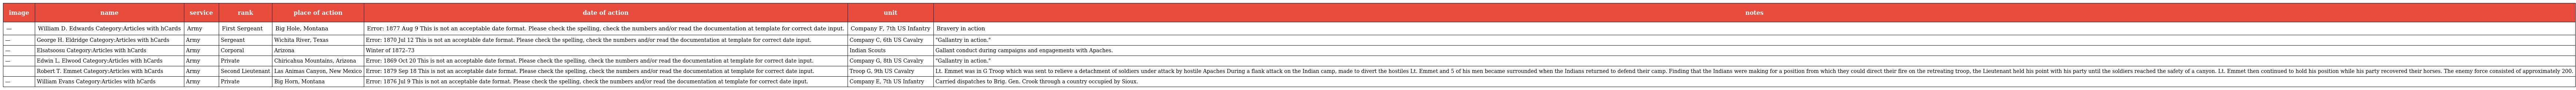
| image | name | service | rank | place of action | date of action | unit | notes |
 | --- | --- | --- | --- | --- | --- | --- | --- |
 | — | William D. Edwards Category:Articles with hCards | Army | First Sergeant | Big Hole, Montana | Error: 1877 Aug 9 This is not an acceptable date format. Please check the spelling, check the numbers and/or read the documentation at template for correct date input. | Company F, 7th US Infantry | Bravery in action |
 | — | George H. Eldridge Category:Articles with hCards | Army | Sergeant | Wichita River, Texas | Error: 1870 Jul 12 This is not an acceptable date format. Please check the spelling, check the numbers and/or read the documentation at template for correct date input. | Company C, 6th US Cavalry | "Gallantry in action." |
 | — | Elsatsoosu Category:Articles with hCards | Army | Corporal | Arizona | Winter of 1872–73 | Indian Scouts | Gallant conduct during campaigns and engagements with Apaches. |
 | — | Edwin L. Elwood Category:Articles with hCards | Army | Private | Chiricahua Mountains, Arizona | Error: 1869 Oct 20 This is not an acceptable date format. Please check the spelling, check the numbers and/or read the documentation at template for correct date input. | Company G, 8th US Cavalry | "Gallantry in action." |
 |  | Robert T. Emmet Category:Articles with hCards | Army | Second Lieutenant | Las Animas Canyon, New Mexico | Error: 1879 Sep 18 This is not an acceptable date format. Please check the spelling, check the numbers and/or read the documentation at template for correct date input. | Troop G, 9th US Cavalry | Lt. Emmet was in G Troop which was sent to relieve a detachment of soldiers under attack by hostile Apaches During a flank attack on the Indian camp, made to divert the hostiles Lt. Emmet and 5 of his men became surrounded when the Indians returned to defend their camp. Finding that the Indians were making for a position from which they could direct their fire on the retreating troop, the Lieutenant held his point with his party until the soldiers reached the safety of a canyon. Lt. Emmet then continued to hold his position while his party recovered their horses. The enemy force consisted of approximately 200. |
 | — | William Evans Category:Articles with hCards | Army | Private | Big Horn, Montana | Error: 1876 Jul 9 This is not an acceptable date format. Please check the spelling, check the numbers and/or read the documentation at template for correct date input. | Company E, 7th US Infantry | Carried dispatches to Brig. Gen. Crook through a country occupied by Sioux. |